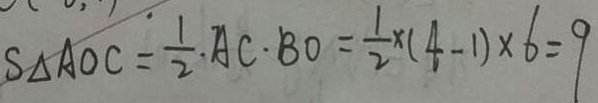
S _ { \Delta } A O C = \frac { 1 } { 2 } \cdot A C \cdot B O = \frac { 1 } { 2 } \times ( 4 - 1 ) \times 6 = 9